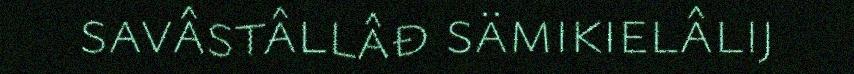
savâstâllâđ sämikielâlij